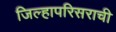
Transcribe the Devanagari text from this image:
जिल्हापरिसराची